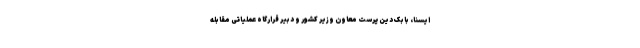
ایسنا، بابک دین پرست معاون وزیر کشور و دبیر قرارگاه عملیاتی مقابله